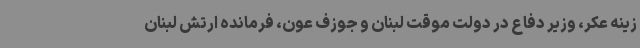
زینه عکر، وزیر دفاع در دولت موقت لبنان و جوزف عون، فرمانده ارتش لبنان